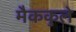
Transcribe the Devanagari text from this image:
मैककुले